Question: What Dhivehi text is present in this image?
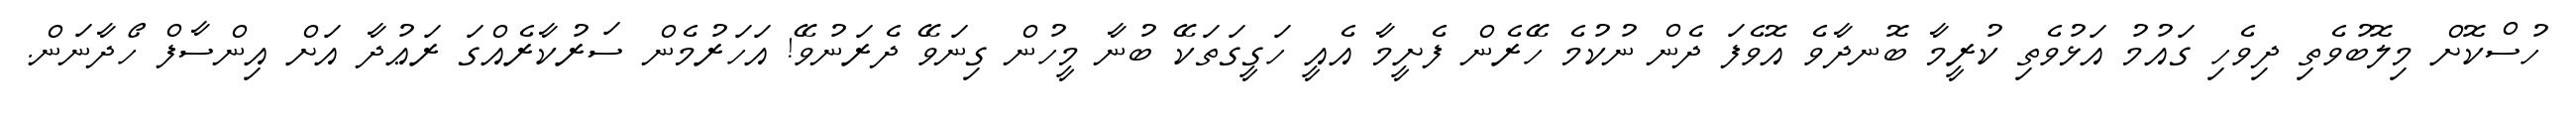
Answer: ހުސްކޮށް މިލޮބުވެތި ދިވެހި ގައުމު އަޅުވެތި ކުރީމާ ބޮނދާވެ އޮވެފަ ދެން ނުކުމެ ހޭރެން ފެށީމާ އެއީ ހަގީގަތަކޭ ބުނާ މީހުން ގިނަވޭ ދެރަނުވޭ! އަހަރުމެން ސަރުކާރެއްގަ ރަޢުދާ އަށް އިންސާފް ހޯދާނަން.